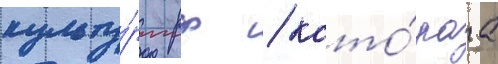
культу́ры рф / кото́раа